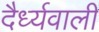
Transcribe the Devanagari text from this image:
दैर्ध्यवाली